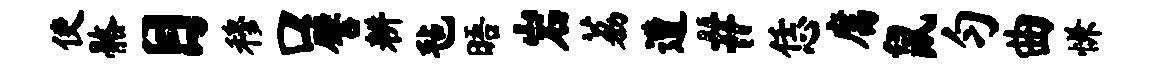
使髂目穆口譬耕毡晤岩荔遭#恁腐鼠匀曲慊